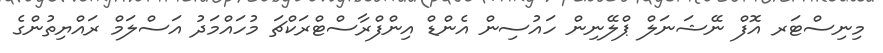
މިނިސްޓަރ އޮފް ނޭޝަނަލް ޕްލޭނިން ހައުސިން އެންޑް އިންފްރާސްޓްރަކްޗަ މުހައްމަދު އަސްލަމް ރައްޔިތުންގެ